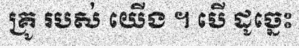
គ្រូ របស់ យើង ។ បើ ដូច្នេះ